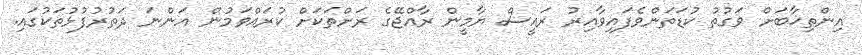
އިންތިޚާބަށް ވަގުތު ކުޑަތަންވެފައިވާއިރު ރައީސް ޔާމީން ރާއްޖޭގެ ރަށްތަކަށް ކުރައްވަމުން އަންނަ ދަތުރުފުޅުތަކުގައި.